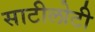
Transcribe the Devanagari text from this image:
साटीलोटी